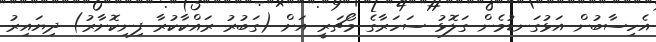
އެހިސާބުން އަޅުގަނޑުމެން ގަލޮޅު ސަހަރާގެ މޯޗަރީ އަށް (ގަބުރު ރައްކާކުރާ ފިނިކޮށާރު) ދިޔައިރު